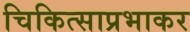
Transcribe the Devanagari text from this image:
चिकित्साप्रभाकर